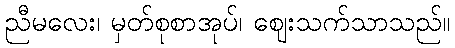
ညီမလေး၊ မှတ်စုစာအုပ်၊ ဈေးသက်သာသည်။